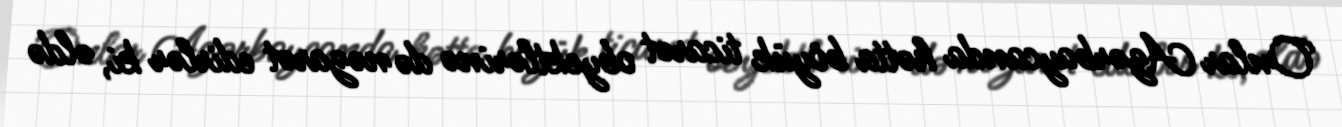
Onlar Azərbaycanda hətta böyük ticarət obyektlərinə də nəzarət edirlər ki, əldə